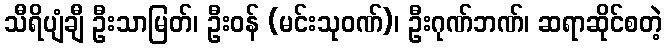
သီရိပျံချီ ဦးသာမြတ်၊ ဦးဝန် (မင်းသုဝဏ်)၊ ဦးဂုဏ်ဘဏ်၊ ဆရာဆိုင်စတဲ့